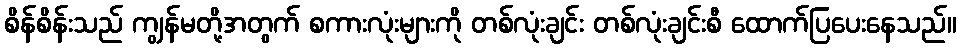
စိန်စိန်းသည် ကျွန်မတို့အတွက် စကားလုံးများကို တစ်လုံးချင်း တစ်လုံးချင်းစီ ထောက်ပြပေးနေသည်။